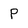
Character: p